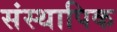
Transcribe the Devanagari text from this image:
संस्थापिक